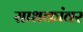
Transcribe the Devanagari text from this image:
साधकांवर